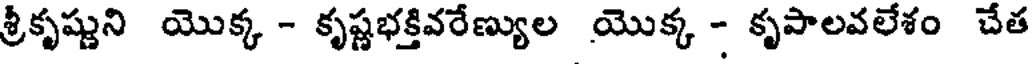
శ్రీకృష్ణుని యొక్క - కృష్ణభక్తివరేణ్యుల యొక్క - కృపాలవలేశం చేత